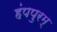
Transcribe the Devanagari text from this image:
हंपपुरम्